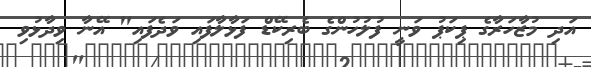
އަދި މުޒާހަރާގެ ޕިކަޕު ވަނީ ފުލުހުންގެ ބެރިކޭޑް ފަޅާލާފައި ވަދެފައި" އޭނާ ވިދާޅުވި